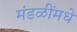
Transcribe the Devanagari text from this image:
मंडळींमधे